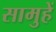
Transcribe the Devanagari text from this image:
सामुहें